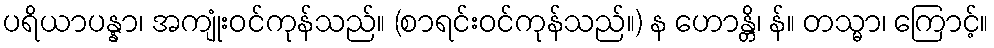
ပရိယာပန္နာ၊ အကျုံးဝင်ကုန်သည်။ (စာရင်းဝင်ကုန်သည်။) န ဟောန္တိ၊ န်။ တသ္မာ၊ ကြောင့်။